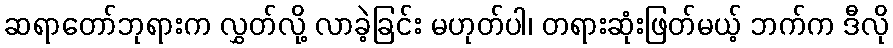
ဆရာတော်ဘုရားက လွှတ်လို့ လာခဲ့ခြင်း မဟုတ်ပါ၊ တရားဆုံးဖြတ်မယ့် ဘက်က ဒီလို